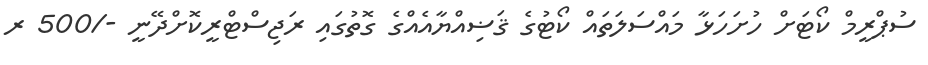
ސުޕްރީމް ކޯޓަށް ހުށަހަޅާ މައްސަލަތައް ކޯޓުގެ ޤަޟިއްޔާއެއްގެ ގޮތުގައި ރަޖިސްޓްރީކޮށްދޭނީ -/500 ރ